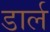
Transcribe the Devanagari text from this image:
डार्ल